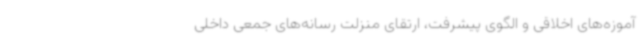
آموزه‌های اخلاقی و الگوی پیشرفت، ارتقای منزلت رسانه‌های جمعی داخلی